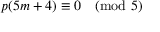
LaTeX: p ( 5 m + 4 ) \equiv 0 { \pmod { 5 } }